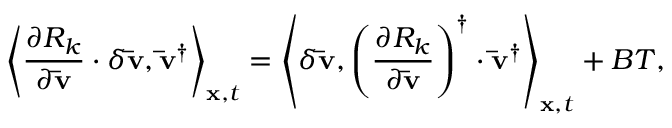
{ \left\langle { \frac { { \partial { R _ { k } } } } { { \partial { \bf { \bar { v } } } } } \cdot \delta { \bf { \bar { v } } } , { { { \bf { \bar { v } } } } ^ { \dag } } } \right\rangle _ { { \bf { x } } , t } } = { \left\langle { \delta { \bf { \bar { v } } } , { { \left( { \frac { { \partial { R _ { k } } } } { { \partial { \bf { \bar { v } } } } } } \right) } ^ { \dag } } \cdot { { { \bf { \bar { v } } } } ^ { \dag } } } \right\rangle _ { { \bf { x } } , t } } + B T ,